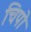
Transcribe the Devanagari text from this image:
चिपो